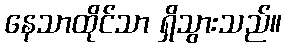
နေသာထိုင်သာ ရှိသွားသည်။